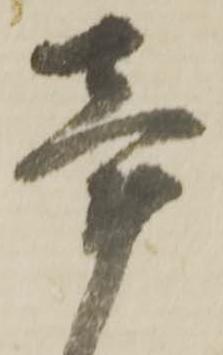
辛